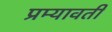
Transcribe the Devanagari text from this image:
प्रम्यावर्ती